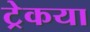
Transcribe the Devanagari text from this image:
ट्रेकया